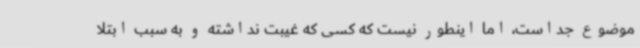
موضوع جداست، اما اینطور نیست که کسی که غیبت نداشته و به سبب ابتلا